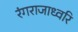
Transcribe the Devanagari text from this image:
रंगराजाध्वरि